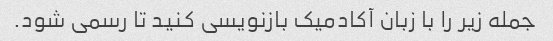
جمله زیر را با زبان آکادمیک بازنویسی کنید تا رسمی شود.